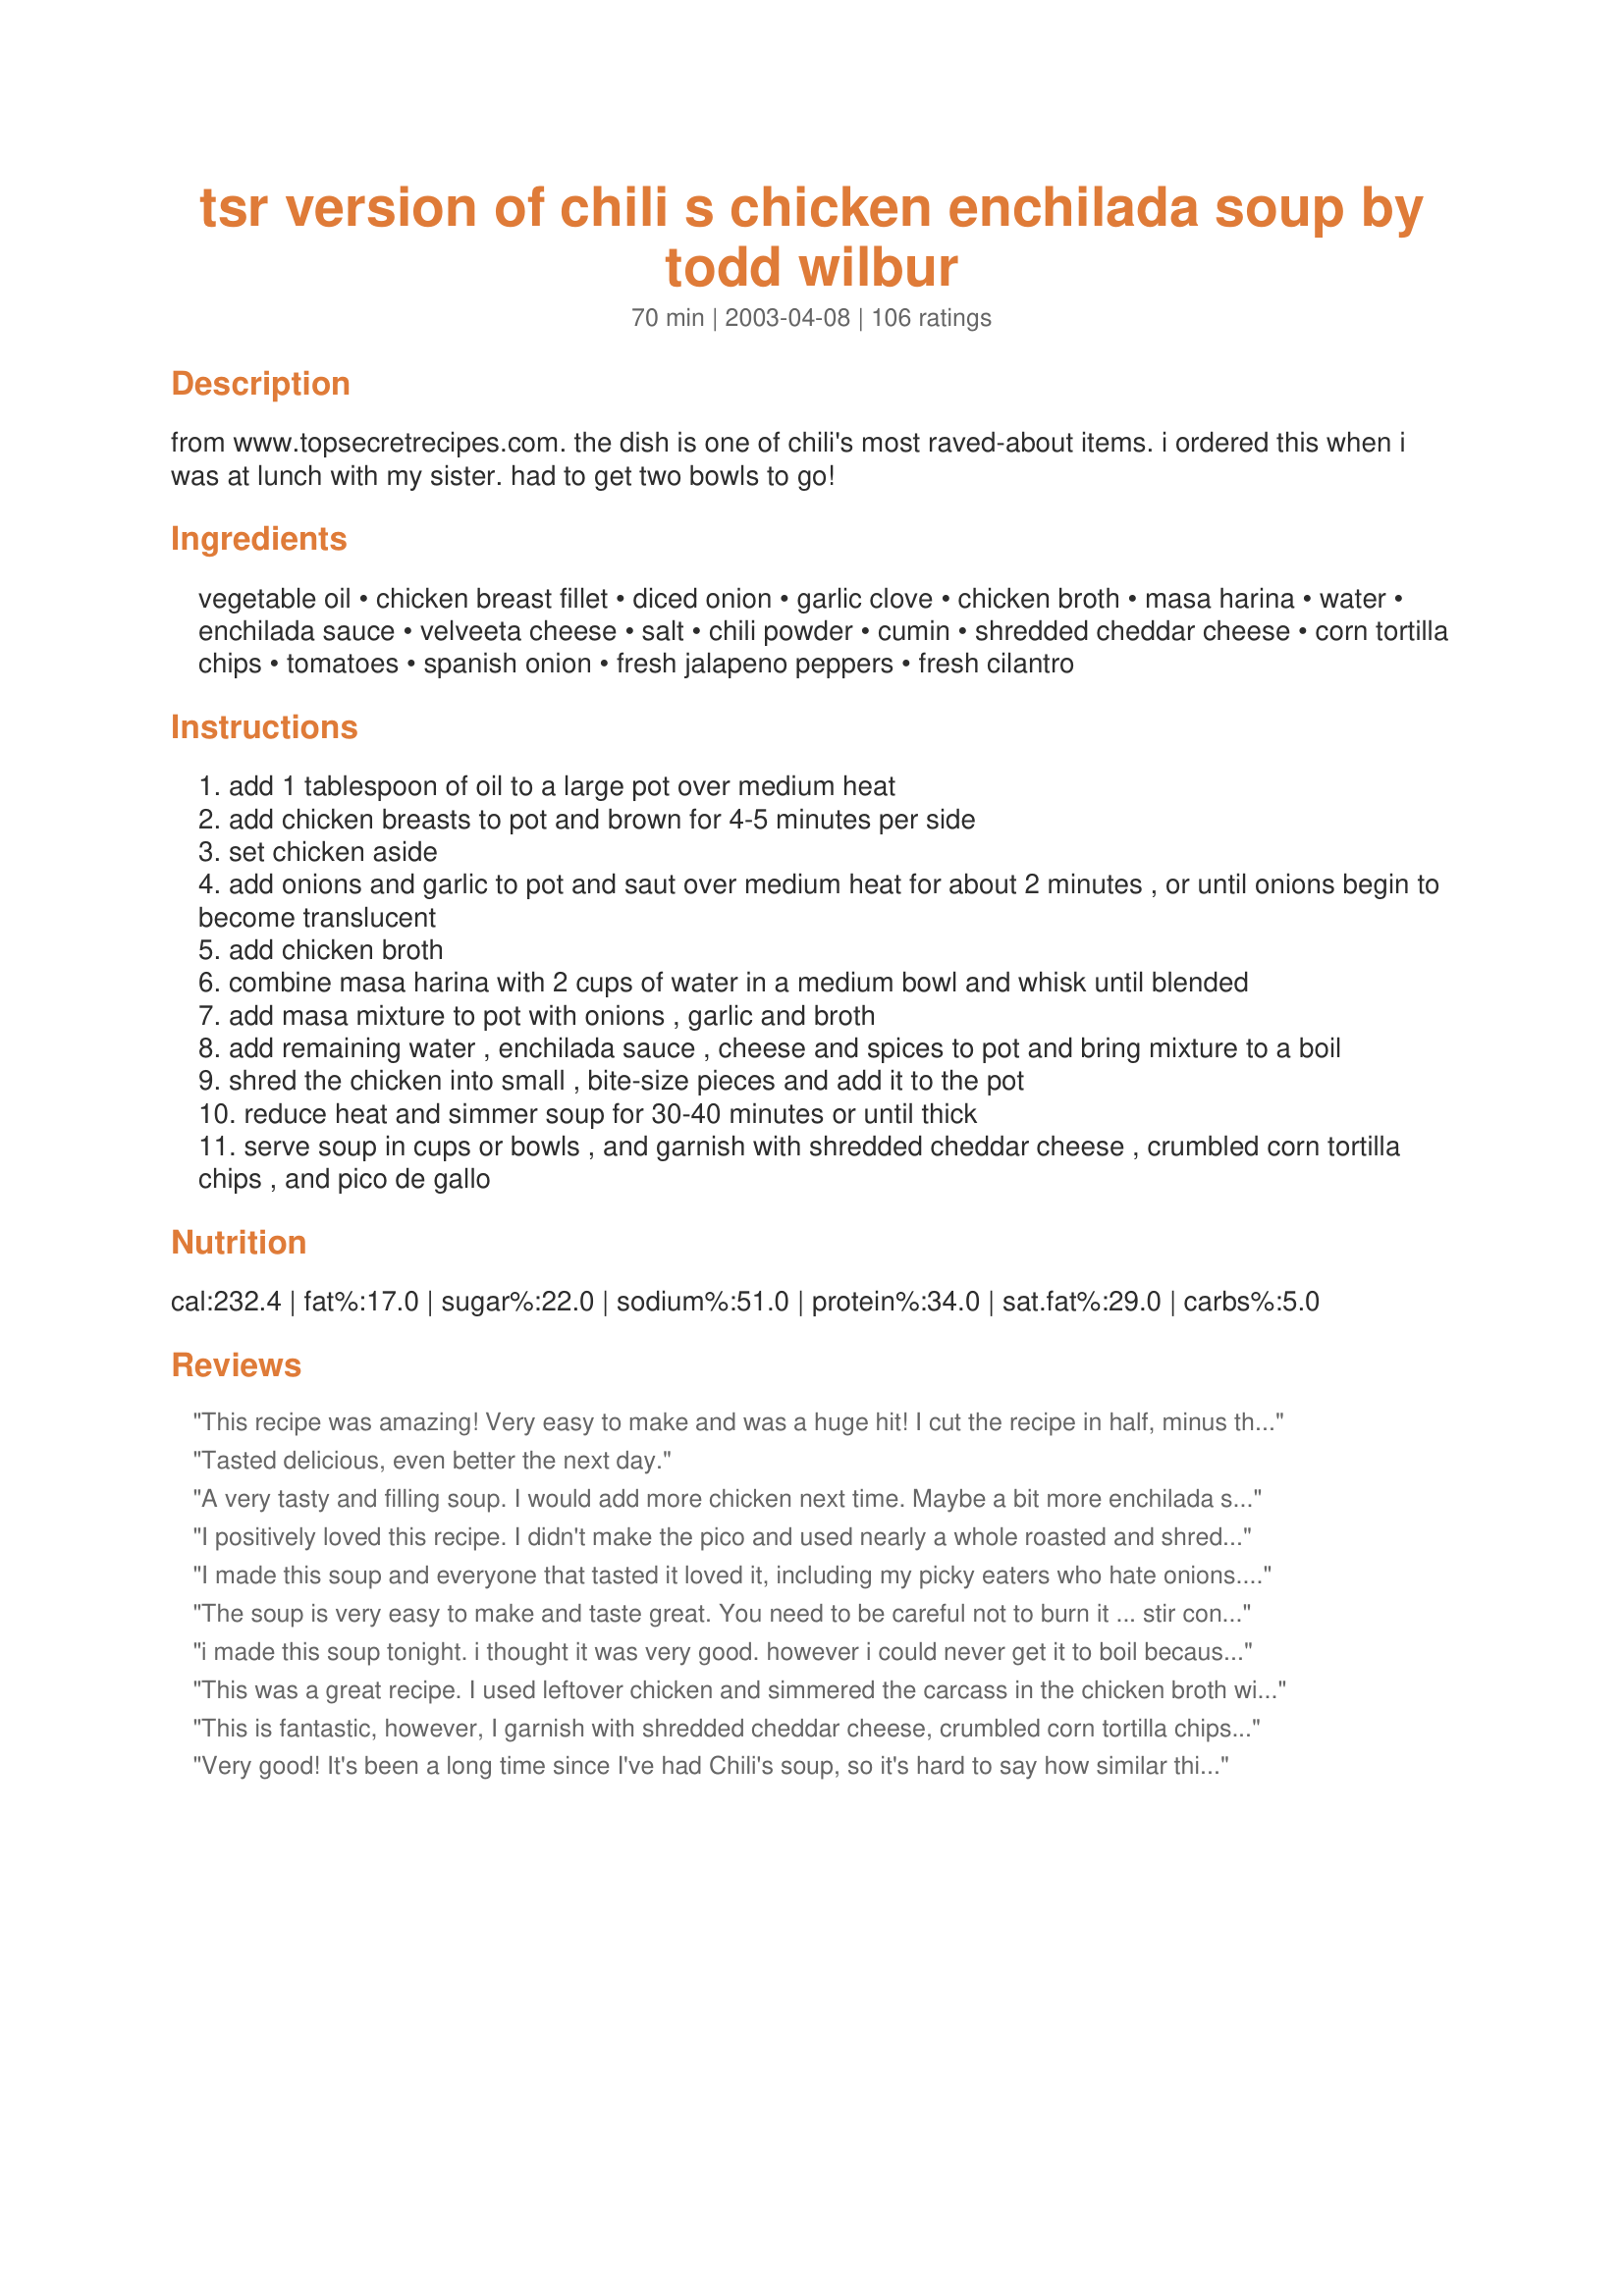
tsr version of chili s chicken enchilada soup by todd wilbur
Preparation time: 70 minutes

from www.topsecretrecipes.com. the dish is one of chili's most raved-about items. i ordered this when i was at lunch with my sister. had to get two bowls to go!

Ingredients:
vegetable oil, chicken breast fillet, diced onion, garlic clove, chicken broth, masa harina, water, enchilada sauce, velveeta cheese, salt, chili powder, cumin, shredded cheddar cheese, corn tortilla chips, tomatoes, spanish onion, fresh jalapeno peppers, fresh cilantro

Steps:
add 1 tablespoon of oil to a large pot over medium heat
add chicken breasts to pot and brown for 4-5 minutes per side
set chicken aside
add onions and garlic to pot and saut over medium heat for about 2 minutes , or until onions begin to become translucent
add chicken broth
combine masa harina with 2 cups of water in a medium bowl and whisk until blended
add masa mixture to pot with onions , garlic and broth
add remaining water , enchilada sauce , cheese and spices to pot and bring mixture to a boil
shred the chicken into small , bite-size pieces and add it to the pot
reduce heat and simmer soup for 30-40 minutes or until thick
serve soup in cups or bowls , and garnish with shredded cheddar cheese , crumbled corn tortilla chips , and pico de gallo

Reviews:
This recipe was amazing! Very easy to make and was a huge hit! I cut the recipe in half, minus the chicken (chilli&#039;s never had enough meat in the soup). I also added a can of green chilli&#039;s. I would highly recommend this!
Tasted delicious, even better the next day.
A very tasty and filling soup. I would add more chicken next time. Maybe a bit more enchilada sauce too. Thanks!
I positively loved this recipe. I didn't make the pico and used nearly a whole roasted and shredded chicken in the recipe. I also grated carrots in with the onions to saute. I just wanted to sneak some vegetables in and it worked out well. I ate this soup all by myself, unfortunately. My husband insisted it had "too much corn in it" for his taste and asked that if I make it again, I don't use masa. I think he's crazy, it was awesome. I used homemade enchilada sauce and needed more than the recipe called for (for flavor), I also garnished it with the enchilada sauce--very pretty and quite tasty.
I made this soup and everyone that tasted it loved it, including my picky eaters who hate onions. My best friend had a bowl and then she had to get the recipe herself so that she could make it for her job. She said they loved it there also.
The soup is very easy to make and taste great. You need to be careful not to burn it ... stir constantly and keep the heat low but still simmering.
i made this soup tonight. i thought it was very good. however i could never get it to boil because i scorched it twice. i changed to the third pot, and saved the soup but i am afraid to reheat it in a pot, probably use the microvave. i also added a can of ro-tel which is just tomato and green chillies. to add some color. so watch your temperature even on low, that was what i was on when i scorched my soup.
This was a great recipe. I used leftover chicken and simmered the carcass in the chicken broth with a chopped onion and lots of grated garlic. Then I cleaned the meat off the carcass and made the soup pretty much as listed. I did add a can of drained black beans, a can of drained sweet corn and a can of diced tomatoes. It was delicious! And not too labor intensive...I will definitely make this recipe again!
This is fantastic, however, I garnish with shredded cheddar cheese, crumbled corn tortilla chips and chopped green onions. I do not serve the Pico de Gallo. I half the recipe, and do not use chicken. I keep the masa hirna in the freezer, and put 1/2 cups of encilada sauce in baggies and freeze them! Recipe halfs nicely. I guess I have made it a cheese enchilada soup.
Very good! It's been a long time since I've had Chili's soup, so it's hard to say how similar this is. But we loved this soup with some crumbled up tortilla chips and just plain fresh diced tomatoes (didn't go to the trouble to make the pico.)
Excellent soup! Very rich--I could have used less than the 16 oz. of Velveeta the recipe called for and still had plenty of flavor.
This turned out very good! I took the advice of some of the other reviews and only added about 3/4 of the cheese and it was perfect. It was a little too spicy for my 5 year old but we all enjoyed it very much and will make it again!
I made this recipe, followed it to the letter. I think it has too much cheese, tasted like a cheese soup. Next time I will cut back on the velvet. Still looking for the one that tastes like Chili's.....
Very close to the one at Chili's. I used Tillamook Cheddar instead of the Velveeta and it was so good! Thanks for the great recipe!
I am preparing this soup tonight and have taste-tested it. I used half of the masa/water and doubled the enchilada sauce (that I had to make myself) For some reason the taste of 'tortilla' is really strong. Which..is ok. It tastes like a pot of enchiladas in soup form. Will be serving with Mexican cheeses, tostadas, and cream. Thanks for adding another recipe to my book.
This was A-Fricking-Mazing! Followed recipe to a T. Will make a few adjustments for my family. But you need to make this!
This is a sensational soup! I have never had this soup at Chili's, but the next time I go, I will not hesitate to order it. I don't know how it could taste any better than this recipe! I am writing my review after tasting this soup and will be serving it tonight with chopped tomato, green onion and additional shredded Monterey Jack & cheddar cheese, tortilla chips and sliced green onion. Thanks so much for sharing this recipe, kcdelong!
Good soup, but I added some corn and black beans to add some thickness...(I didn't have the masa). Thanks for posting!
Love this soup. Made half a recipe and was perfect for the two of us. DH had three helpings. Made fried corn tortilla strips to top it.
Very good soup! Tastes like Chili's. I didn't have masa, so I boiled two cups of water and diced up 6 corn tortillas and let them soak, then pureed them in my food processor before adding to the soup. I simmered the broth, enchilada sauce etc for 35 minutes without the Velveeta. I only used 8 oz of Velveeta and added a squeeze of lime. Adjust the seasonings to taste, I added another 1/2 tsp of chili powder and salt and 1/4 tsp of cumin.
I don&#039;t understand how anyone likes this recipes. It&#039;s AWFUL! There was very little Mexican flavor to it. I had do a lot to the soup to make it even edible.
A five star rating isn&#039;t given very often by my family. But with this recipe, it deserves nothing less. Because some of our family are vegetarians I left the chicken out. I used one whole 10oz can of mild enchilada sauce. The very last thing I did before simmering was add one bag of frozen Quorn tenders to replace the chicken. I made the pico with fresh ingredients from the garden. No one garnished their soup except DD who topped it with a dollop of sour cream. We enjoyed the pico with tortilla chips on the side. While we have never had Chili&#039;s Chicken Enchilada soup, we are definitely looking forward to having your version again!
Green or red enchilada sauce?
This is great. Did not look like Chili's but tasted wonderful. It was a little too thick. Next time I will only use 1/2 of the masa harina and water mixture. My book club members all wanted the recipe. They even went back for 2nd (and some 3rd) helpings!
Triple the Cumin and Chili Powder! Then add medium fresh salsa and it is perfect! I made this side by side with Chili’s soup! (Not here, sent to me frozen).
This soup was excellent! Only reason I gave it 4 instead of 5 stars is bc the masa harina is difficult to find...but it&#039;s worth 5 so I changed it! I used regular flour in it&#039;s place. Due to the previous reviews, I used about 3/4 the amount of processed cheese. I added diced jalapenos, 1 can rotel, undrained, 1 can black beans, drained and rinsed, and 1 cup frozen corn. Also topped it off with shredded cheddar cheese, sour cream, diced onion and tomato, jalapenos and crumbled tortilla chips! Yum! I haven&#039;t had the Chili&#039;s version of this soup and years, so I can&#039;t really compare the two. I remember I used to love the Chili&#039;s version, but who cares if this recipe isn&#039;t an exact copycat! It tasted pretty close to what I remember, but all in all it&#039;s delicious! And like most soups it tastes even better the next day! My husband really enjoyed this recipe as well! Definitely will be making this again! Thanks for the recipe!
This definitely isnt a copy cat recipe of Chilis Enchilada Soup. It tastes more like a gritty (from the Hasa Marina) cheesy soup. I dont believe the soup even has cheese in it. It does have sour cream which isnt even listed as an ingredient in the recipe. I took a taste of this and stuck it in the freezer to put over enchiladas in the future. It doesnt taste bad, but it certainly isnt Chilis chicken enchilada soup!
This was a good recipe after I doctored it up. After making it directly according to the recipe, it was too thin and way too salty. I added more of the masa & water mixture, but a thicker version. I added more enchilada sauce for more flavor, about 1/4 cup. I added a lot more chili powder, but that was just because I prefer more of a kick to it, and I also added roasted red peper flakes and guajillo chili peppers as a garnish.
I've been making this recipe for a while, though I change it up quite a bit. I find the water/chicken broth to Masa ratio for this recipe perfect, which is why I use it as a base. I would never use Velveeta, so I use a shredded mix of Mexican cheeses instead. Usually about 3 cups (I think 2 cups would work fine as well). I also use approximately 2 cups of enchilada sauce instead of just one cup. This doesn't make the recipe too watery. I also add a few dashes of Tapatio hot sauce and quite a few dashes of Mexican chile powders and red pepper flakes. Preferably, I cook it a day ahead and reheat the next day, and the flavours are much more pronounced that way. This won't make the recipe identical to Chili's; however, my husband and I used to be addicted to the Chili's version and now we prefer our own.
I don't know what I did wrong but it was horrible. It was gritty and not good.
I love chili&#039;s soup and this is not like it at all. It was ok, but not one I would make again.
I've made this many times and have to say this is awesome! I love Chili's version and this comes really close. Thanks for posting.
This soup is delicious. I made it as written the first time and it was very good. For my taste, I add two cans of black beans, frozen corn, extra of all listed spices (including a dash of cayenne, chipotle pepper, garlic, black pepper) and I top with Pico, Colby jack, sour cream, cilantro, and crushed tortilla chips. I think next time I&#039;ll substitute the extra cup of water with another can of a enchilada sauce. This is definitely a keeper!
Very good. I took some suggestions from others and also did my own thing - I mixed the Maseca (less than 1/2 Cup) with 6 cups of chicken broth. Added a can of charred/roasted corn, pinto beans, and a can of rotel tomatoes. I used a full can of mild Hatch brand Enchilada sauce. For cheese I bought 16oz of mild cheddar and a package of Velveeta singles. I probably used a little more than half of the shredded cheese I bought and maybe 6 slices of the Velveeta, torn. I added at the end as I felt was needed to taste. Used the recommended amount and process for the chicken and spices. As mentioned above I didn't work with water I worked with broth. I thought it really was pretty similar to - if not better than, Chilis version.
This was an absolute hit at dinner tonight. There is barely any leftover. I just added one small can of crushed tomatoes and some diced jalepenos. Served with some corn tortilla chips and sour cream with some diced tomatoes on top and couldnt have asked for a better dinner!!!
This isn&#039;t quite the same as Chili&#039;s, but it is delicious. I agree it&#039;s a bit gritty. Next time I would add less masa haring, more chicken (there is not much at all if you go by recipe), and more enchilada sauce. I like spicier and it was a little bland so I would use a spicy enchilada sauce. I had to add in a teaspoon of cayenne pepper to make it spicier, and also more cumin and chili pepper. I might add corn to it next time as well. However, I just had a bowl and it is still pretty yummy!
I made this recipe because I recently had the soup at Chili’s and LOVED it. Sure enough - I loved this recipe just as much, if not more! It’s perfect. Delicious and so filling! Thank you for sharing it!
this receipe is excellent. I made a few adjustments with a few ingredients.

i added:
 1/4tsp more of chili powder
1/4 tsp more of cumin
1/2 cup more enchilida sauce
2 gloves garlic
2/3 TSP butter
i would also add more chicken, say 3 more breasts.

i would also not mix the masa harina with water until you need to. it gets very thick, a wisk works well with mixing.
I was fasting for a month and decided to make this recipee without chicken sub/corn. sub chicken broth/ vegitable broth... and Instead of tortilla chips I bought a bag of dorito&#039;s... my picture is waiting approval but all in all it was ahmazing... my pic is of a clear cup of the soup... I will do this again and next time with chicken. Next time i need a bigger pot because it brimmed the top.
Yummy! The soup was a little thick so I thinned it down with a hand blender.
I had some of the same experiences as other reviewers have mentioned--the soup scorched almost immediately over low heat and never actually came to a boil due to its thickness. It was more like queso dip than soup. The flavor was pretty good, but not as smooth as Chili's. I'd definitely reduce the masa and the Velveeta next time (if I were to make it again).
This was really good. I dont know if it was as spicy as chilli's but it was definatly good. I added black beans, corn and some tomatoes to the soup. Thanks so much
I loved this but my family didn't. Maybe it was the texture or it could have been the Velvetta. Saw that someone used pepper jack, maybe they would like that better. They are weird about cheese.
Hands down, the same taste as Chili's Chicken Enchilada Soup at the restaurant. Did you steal this from their kitchen? This one has been saved, printed and shared. Thanks sooo much kcdelong!
This was so good. I made it as written with one addition/substitution. I had McCormick Enchilada sauce packet so I used that and added extra "Mexican Spice" mix. I thought it was better than Chili's. I absolutely loved it thanks for sharing.
Lisa
Chef Chef #165217 must be Todd Wilbur himself. Who cares if the recipe came from top secret recipes? It's posted here now and you can tweek it to your liking's. It's a great soup.
I absolutely love this soup!!! I made it for my sis-in-law&#039;s family while recovering from surgery, so they could freeze if needed. The only changes i made...I poached my chicken, in chicken broth and then shredded the meat, also i added a can of mild rotel and i put in about 7 dashes of &#039;Cholula&#039; hot sauce, didn&#039;t make it to spicy at all. I think this recipe is better than the restaurant version, they ate every bit of this soup!
This is my new favorite soup! I don't know if it's similar to Chili's soup or not, because I haven't had the one from Chili's. My husband likes Chili's chicken enchilada soup though, and he also likes this, so that's a good sign. I can't compare it to Chili's but I can say I love it! <br/><br/>I made it with enchilada sauce that was labeled "medium" and it had a nice kick to it, which hubby and I liked, but not the kids, who haven't developed a taste for spicier foods yet. Next time I make it, I'll make it with the "mild" sauce and see if the kids like it better! I'll definitely make it again!<br/>****************************************************<br/>Having made this twice now, I feel compelled to add that this soup scorches REALLY easily after adding the masa and the cheese. The instructions say to bring it to a boil before turning it down and letting it simmer, and you REALLY have to stir it CONSTANTLY or it will scorch on the bottom of the pot!!
My husband and I LOVED this soup almost as much as the chicken tortilla soup in Chilli&#039;s! It was delicious! I was unable to locate the mesa though, in my local grocery stores (Big Y, Stop and Shop, and Price Chopper) and so I used regular corn meal. It was way too grainy so I will have to track down mesa. Kudos to the author of this recipe!!
Recipe is awesome - however its a little watery compared tot he original. To fix - add 1 1/2 cup water to the masa harina and add 1 cup crushed tomatoes instead of the 1 cup water to the soup. Rotisserie chicken make it extra special - and dont't forget the cayenne for extra heat!
My family really enjoyed this, although my youngest said it was too cheesy. Still, a great soup for cold winter nights. Thanks for sharing.
Awesome soup. I used the whole can of enchilada sauce so that the soup wouldn't be too thick. Garnished with tortilla chips, cheddar cheese, and sour cream. Everyone loved it! My son (13) said it was the best soup he had ever tasted. Thank you for sharing.
I made this last week and it was VERY good. Unfortunately wasn't able to get Masa Harina in my little ol' town and made due with regular flour. Anyone know of a better substitute?

For Pico de Gallo I did 2 medium tomatos, 1/2 cup red onion, 2 Jalapeno Peppers, 2 tsp Cilantro, and dash of salt sliced and diced in my salsa maker. -- Definately not optional imo. :)
My kid loves Chili's only because of this soup!!! I made it tonight.........and it was a hit. I added no salt.....and it was plenty salty..fyi. Thanks for a souper recipe!!!
ABSOLUTELY AMAZING!! MY ENTIRE FAMILY LOVES, LOVES, LOVES THIS SOUP!! Even those who I thought might be indifferent to this recipe can't get enough of it. So easy and sooo many compliments... it's a new family favoriate. Soup is even better next day!!
So delicious & perfect! I've made it a few times already & we never have left overs!..this is a great replica of the Chilli's soup! Love it!
My hubby and I have loved this soup at Chili&#039;s for years and I finally broke down and looked for a copy cat recipe. This is the first one I&#039;ve tried and I&#039;ll probably stop here. Seems pretty dang close. I did add more enchilada sauce and cumin for a stronger flavor, but other than that, I love it! Good job!! :)
This recipe is very close to the Chili's Enchilada Soup. My husband absolutely loved it. I used real cheese in place of the Velveeta and added a little more chili powder and cumin to give it a little more of a kick. This recipe is definitely a keeper!
Yum! Very good and a lot more filling than I thought it would be. The only change I made was to add more chili powder and cumin. The only trouble I had was that the soup burned at the bottom of the pan, even though I had it on the lowest possible temp. But my husband and I both loved it - thanks!
I brought this soup to a "soup potluck" and it was very popular! It takes some time, but it isn't hard. I also add 1/2-1 bag frozen corn during the last five minutes of cooking, just for a little more depth of texture. But try it, my family loves it!
This got good reviews. I like the idea of using the masa harina to thicken it. This would be a great use for leftover rotisserie chicken.
This stuff is awesome!!! I used hot enchilada sauce with this (I like the spice!), and instead of chicken, I stewed some steak meat and shredded it. I also used the mexican velveta instead of the regular stuff. This soup is very thick, but it won't scorch if you cut the velveta into small cubes, keep it over medium heat or lower, and stir it frequently (every couple minutes or so... believe me you'll want to stand in the kitchen and smell it cooking anyway!). I'll be making this for dinner again very soon! Thanks so much for posting this recipe!
Coworker made that soup at work for lunch, wonderful tasting we had to go back for seconds!
Very good, but it seems to me that something is not quite the same as Chili's version. I recently had this soup at Chili's as often as 3x per week during finals and some flavor, perhaps, is missing.

A great soup in its own right, however.
I've never made this soup myself because i've been looking for the recipe online for YEARS, every time I go into Chili's this is what I get for my meal, it's ESPECIALLY tasty if you dump a bowl of the Chili's salsa in w/ it and mix it up into the soup!!
This truly is my favorite soup! The CopyKat version is good, but this one is excellent! I have been making this for several years and it has become a staple in my family cookbook. Thanks for posting.
I have tried SEVERAL recipes and this one comes closest to Chili's. We added a few spoonfuls more of enchilada sauce and about a half cup more of mesa (for personal taste). It was wonderful. My girlfriends and I all love going to Chili's for this soup, now we are all making it at home, when we have get togethers.
SOOOOO GOOD!!! Just like the restaurants !!!
Super good! I added 8 oz of velveeta and 8 oz of pepper jack and it was delicious!
Perfect! Easy to find ingredients and easy to prepare. LOVE LOVE LOVED IT.
I order the enchilada soup everytime I go to Chilis. And followed this recipe and didn&#039;t make any changes. It taste exactly the same as the restaurants. I will for sure make this again.
I haven't eaten this soup at Chili's, so I don't have an opinion about whether it is like theirs, but we did enjoy it. It was nice and thick--perfect for a cold winter day. (I didn't make the Pico de Gallo, so I am just rating the soup.) I don't remember making any significant changes, but I made it a month or so ago and just realized when I took the leftovers out of the freezer that I had forgotten to review the recipe. Thanks for posting!
This recipe was created by Todd Wilbur. It was published as a Limited Time Only recipe on www.topsecretrecipes.com

I made a few changes to this recipe and my family absolutely loved it! Will definitely be making this again!!!!
I didn't have masa harina, just didn't pick it up. I used regular flour and added lime juice for the flavor of the masa harina-- it worked well! Masa harina is easy to find, so I'll have to try and compare next time because I am totally making this again.
We decided if you don't make the 
Pico de Gallo you have not really enjoyed this recipe!
The Pico de Gallo makes it wonderful! The cool, spice, kick it adds makes this soup.
No way I was finding "Spanish Onions" in my neck of the woods, but did have the rest and used a small white onion instead.
Followed this recipe exactly, otherwise.
Will for sure make this again - great recipe- thanks for sharing!
This recipe is just like the one at Chili's. It is SSSOOO Good! I made a few changes. I boiled my chicken breast in chicken broth, with a few chunked red potatoes - just to make it a little heartier. The changes I would make would be - cut the masa / water mixture in half. Other than that - this is phenomenal!
Although I am not a soup person per se, this soup was presented to me to give a try, and I am very glad I did! I did not use the salsa, but topped the soup with Cheddar cheese and green onions, and served with grilled chili chicken sandwiches. Very good! Thank you. :)
Pretty close to the Chili's version, the only thing I would recommend is using a little less Masa. This may have has something to do with it converting the servings, but the the Masa flavor was a little to bold for me. I will defenitly make again, but decrease the amount of this one ingredient.
Wow!! If you follow the directions EXACTLY step by step and the ingredients EXACTLY step by step this will be one of the best soups you have ever tasted!! Made this for a large family and wow!! They finished all 12 servings lol. This is a must try.
Very good, with a few additions. I'm glad I followed the other reviews about the masa harina and cut that down to 1 cup. Other than that I added more onion, corn, and black beans. Also added 1 can of rotel, 1 can green chilies, and 1/4 can crushed tomatoes. Instead of Velveeta I used shredded Mexican cheese. I didn't have any chili powder so I seasoned the soup with cumin, cayenne, Creole, salt, and pepper. I cooked it on the stove top for an hour and a half and served it with more cheese and green scallions on top. My boyfriend and I loved it! Definitely will be adding it to the rotation :)
Okay. I am addicted to the restaurant version of this soup during the winter. However, this recipe gives me the best of cold weather meal at home. I used 15oz nacho cheese (from the can) which is already melted. I also added twice the enchilada sauce, some cayenne pepper, & Creole seasoning to give it a little kick. Before the additions it was a little bland to me. I love it! It tastes very close to Chili's if not better. Thanks for the recipe!
famtastic recipe. Not as smooth as the Chili's soup, but still soooo good! thanks for posting this recipe!
This soup was awsome! It is definately a keeper! Next time I might add some Rotel, or some crushed tomatoes for color...

Great easy recipe to make! I made it for a 'traveling dinner' party as a starter meal for British guests. They loved the spice and texture. I'm making this tonight for Super Bowl and again for another dinner party. I highly recommend this recipe - as it allows you to add your own style to it such as corn, black beans, tomatoes, etc.
We've made this several times, so it's about time we write a review! :) This soup is amazing! We make just as directed, except we sometimes use the precooked oscar meyer grilled or oven baked chicken strips you buy in the deli section (2 packages - cut up a little more) to save time. We have also used both regular enchilada sauce and green chile enchilada sauce - the flavor varies slightly with each, but both are wonderful. Enjoy - this is a great soup!
My husband loves chilli's and goes there for this soup! I have tried many of time to recreate chilli's verison and finally found the recipe! We love it and it is super close to the actual chilli's soup but I did not use the mesa cause i know how thick it can get! What i did was take corn tortillas and put them into my bleander about 6 made two cups and that seemed to be a good amout also i did use a lil more enchilada sauce! I also made my own tortilla strips by cutting up corn tortialls and frying them in a lil olvive oil and salt for the garnish! try sour cream as a garnish also!
After eating this a Chili's a few days ago I was excited to find a copycat recipe. However, while this soup was good, it wasn't quite as good as the original and needed tweaking. The taste was good but I think the amount of masa must be about twice what is needed since my soup got almost pudding thick very quickly. I added another cup of chicken broth and that helped but it was still thicker than I would have liked. Probably due to the thickness of the soup, it scorched over medium low heat almost immediately even though I was using a quality pot and stirring often. Because the soup never could get to a boil due to scorching and thickness, I guess the masa didn't get to cook enough because the soup had a bit of a grainy texture. In the end though my hubby and I liked the taste but I'm not sure if I'll make this again.
Have never tasted Chili&#039;s version of this soup, however I think this recipe is excellent. Loved the texture. I made exactly as stated except I used store bought Pico de Gallo . Used the Pico de Gallo, sour cream &amp; tortilla chips as garnish. Very hardy &amp; filling. Would definitely make again!
I am serving this tonight with Pepperjack Cheese & Chicken Quesadillas. The soup is wonderful. My son keeps sneaking in the kitchen and tasting it. I hope there is enough left to serve! I followed the recipe, with the one exception of adding a can of Rotel tomatoes & chiles. Also, I cup corn tortillas very thinly and deep fried them for the garnish & will also be offering sour cream, the recommended Pico de Gallo, and diced green onions. Thanks for a keeper--we'll definitely be making again.
Tastes good. Seems a bit thicker and cheesier than the Chili's version.
Made this soup and followed the recipe completely. Was thick and kind of gritty. For some reason the velveeta cheese did not completely melt down. Did not think it was at all like what I had at Chili's.
My husband and father go to Chili's once a week just for this soup, so I had to try to make it. They LOVED recipe. The only thing I changed was to add 2 pounds of chicken instead of one.
I worked at Chili's for 10 years, and this recipe is pretty darn close!! I don't think Chili's has onions in it, but I use them anyway for the flavor. I usually 1/2 it, use one can of Chicken Broth (almost 2 cups) and I don't add that much Velveeta...about 3/4 the amt...kinda to taste and consistency. It felt like a cheese "dip" the first time I made it with all that cheese. I also think the Masa ratio is perfect. I add more Enchilada sauce (homemade is the best...it's easy!) for flavor. I've been making this for a while. My 8-yr old loves it! (without the pico, of course) :)) Thank you!!!
Delicious! I used a can of refried beans instead of the masa harina & substituted the cumin & chili power with 1TB of taco seasoning (what I had on hand). Also, I didn't add the 3 cups of water (don't think it needs it). Served with tortilla chips. Mmm!
We loved it! I made the recipe just as written, except I didn&#039;t let it cook long enough to thicken as much as I should have. It made eight large servings. We didn&#039;t want pico or the calories from tortillas or anything else on top.
If this is anything close to what Chili's serves I can't believe it's a "favorite". It was unbelievably bland with no flavor at all. The only thing that helped it was the Pico de Gallo..

Unfortunately I have about 2 more quarts of this to figure out what to do with.
This soup was super! Made it exacty as the recipe said except to add a can of rotel tomatoes and a dash of cayenne because we like it spicy. Delicious!
excellant recipe, the wife and i love it
I really like this soup. I do add more enchilada sauce and more garlic, but it is really tasty! We can't have this too often, however, but it is a hit each time I make it.
This sounded very good to me - and it was! I used velveeta but would use real cheese next time. I feel strongly that tortilla chips are needed to be served with this soup - needs the cruch! Thank you for the recipe.
YUMMY! I made this for our day-after-Thanksgiving meal and used leftover turkey instead of the chicken. All my guests loved it. The only negative a got was from my little brother (typical), who said â€œit may not look good, but the taste makes up for it.â€� What do little brothers know anyway?
I made it again tonight (after all, itâ€™s been almost a week). This time I used ground turkey because thatâ€™s what I had available. I doubled the cumin and chili powder and omitted the salt as a personal preference. Also, to make it a little more diet friendly, I added about 1 Â½ cups of fresh salsa while cooking, halved the Velveeta, and didnâ€™t add any cheese or chips garnish. Yet another great pot of soup. I think Iâ€™ll be making this all winter long.
This is VERY close to Chili&#039;s soup. I only used 4 oz. of Velveeta cheese, though! We don&#039;t love cheese, so with the added cheese on top, I cut the cheese in the recipe way back. Otherwise, I did exactly what the recipe called for and we LOVE the soup.
I was very skeptical because I LOVE the Chili's version. This was awesome! It tastes exactly the same. A quick shortcut: I bought a rotisserie chicken at the grocery store, shredded it and put it in the soup instead of cooking my own chicken. Tastes great and cuts time!
My husband really really loved this soup, he does not get enthusiastic over food like I do but this soup he did. I did not garnish with the pico de gallo but just cilantro and onion and it was very good. 10 stars from my husband.
I made this with a few changes but they were mild. It turned out yummy! First, i didn't have any mesa. So I used 1C. Flour to 1C. Water And whisked it together. I think I ended up only using a cup of the mixture. It thickens almost immediately. Let that come to a rolling boil. 2. I only used half of the Velveeta that was called for and I cut it into cubes. Added those and gave them time to melt. I also used 2 cans of enchilada sauce. One mild, one hot. Then I added 1C. Of shredded sharp cheddar and 2C. Mexican blend. After it melted I added 1 can of drained black beans and 1 can fire roasted diced tomatoes. I also added a can of diced green chiles. All the seasonings I did to taste. I added a little cayenne as well and 1C. Of water. I also used a rotisserie chicken. For garnish: I did shredded cheese, green onion, tortilla strips and a dallob of sour cream.
